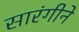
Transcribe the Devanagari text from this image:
सारंगीने